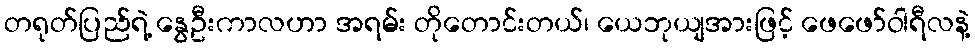
တရုတ်ပြည်ရဲ့ နွေဦးကာလဟာ အရမ်း တိုတောင်းတယ်၊ ယေဘုယျအားဖြင့် ဖေဖော်ဝါရီလနဲ့